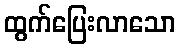
ထွက်ပြေးလာသော